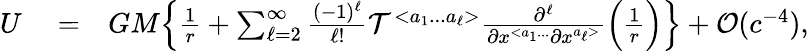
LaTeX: \begin{array}{rlr}{U}&{{}=}&{GM\Big\{ \frac{1}{r}+\sum_{\ell=2}^{\infty}\frac{(-1)^{\ell}}{\ell!}{\cal T}^{<a_{1}...a_{\ell}>}\frac{\partial^{\ell}}{\partial x^{<a_{1}...}\partial x^{a_{\ell}>}}\Big(\frac{1}{r}\Big)\Big\} +{\cal O}(c^{-4}),}\end{array}